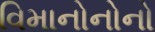
વિમાનોનોનો